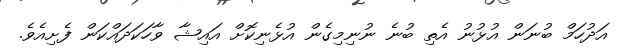
އަދުހަމް ބުނަން އުޅުނު އެތި ބުނެ ނުނިމިގެން އުޅެނިކޮށް އައިޝާ ވާހަކަދައްކަން ފެށިއެވެ.